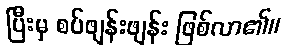
ပြီးမှ စပ်ဖျန်းဖျန်း ဖြစ်လာ၏။